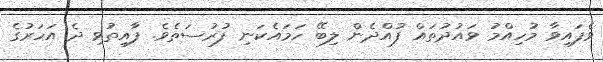
ވެފައިވާ މުހިއްމު ވައުދުތައް ފުއްދެން ލިބޭ ހަމައެކަނި ފުރުސަތެވެ. ފާއިތުވި ދެ އަހަރުގެ